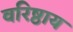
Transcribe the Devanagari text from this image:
वरिष्ठाय